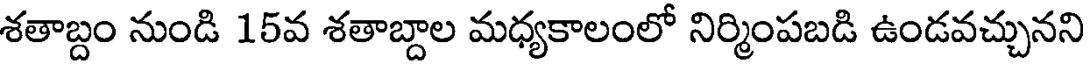
శతాబ్దం నుండి 15వ శతాబ్దాల మధ్యకాలంలో నిర్మింపబడి ఉండవచ్చునని